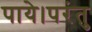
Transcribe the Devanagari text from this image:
पाये।परंतु